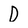
Character: D